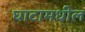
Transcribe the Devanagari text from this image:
घाटामधील